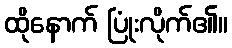
ထိုနောက် ပြုံးလိုက်၏။